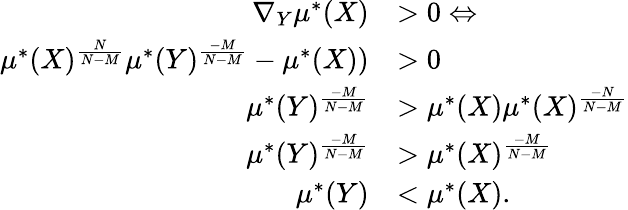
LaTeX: \begin{array}{rl}{\nabla_{Y}\mu^{*}(X)}&{>0\Leftrightarrow}\\ {\mu^{*}(X)^{\frac{N}{N-M}}\mu^{*}(Y)^{\frac{-M}{N-M}}-\mu^{*}(X))}&{>0}\\ {\mu^{*}(Y)^{\frac{-M}{N-M}}}&{>\mu^{*}(X)\mu^{*}(X)^{\frac{-N}{N-M}}}\\ {\mu^{*}(Y)^{\frac{-M}{N-M}}}&{>\mu^{*}(X)^{\frac{-M}{N-M}}}\\ {\mu^{*}(Y)}&{<\mu^{*}(X).}\end{array}